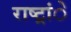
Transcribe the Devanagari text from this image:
राष्ट्रांे